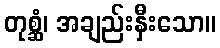
တုစ္ဆံ၊ အချည်းနှီးသော။